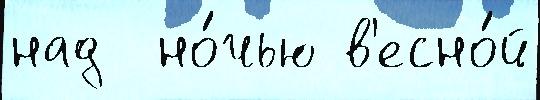
над  но́чью в'есно́й